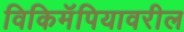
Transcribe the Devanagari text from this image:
विकिमॅपियावरील